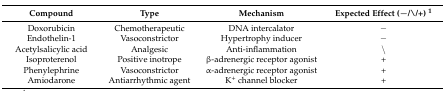
<table><thead><tr><td><b>Compound</b></td><td><b>Type</b></td><td><b>Mechanism</b></td><td><b>Expected Effect (−/\/+) <sup>1</sup></b></td></tr></thead><tbody><tr><td>Doxorubicin</td><td>Chemotherapeutic</td><td>DNA intercalator</td><td>−</td></tr><tr><td>Endothelin-1</td><td>Vasoconstrictor</td><td>Hypertrophy inducer</td><td>−</td></tr><tr><td>Acetylsalicylic acid</td><td>Analgesic</td><td>Anti-inflammation</td><td>\</td></tr><tr><td>Isoproterenol</td><td>Positive inotrope</td><td>β-adrenergic receptor agonist</td><td>+</td></tr><tr><td>Phenylephrine</td><td>Vasoconstrictor</td><td>α-adrenergic receptor agonist</td><td>+</td></tr><tr><td>Amiodarone</td><td>Antiarrhythmic agent</td><td>K<sup>+</sup> channel blocker</td><td>+</td></tr></tbody></table>